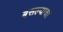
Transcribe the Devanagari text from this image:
बसल्याचा